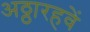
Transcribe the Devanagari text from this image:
अठ्ठारहवें